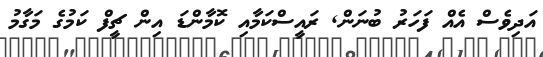
އަދިވެސް އެއް ފަހަރު ބުނަން